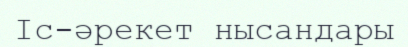
Іс-әрекет нысандары